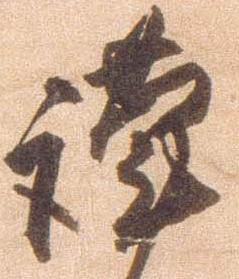
謹